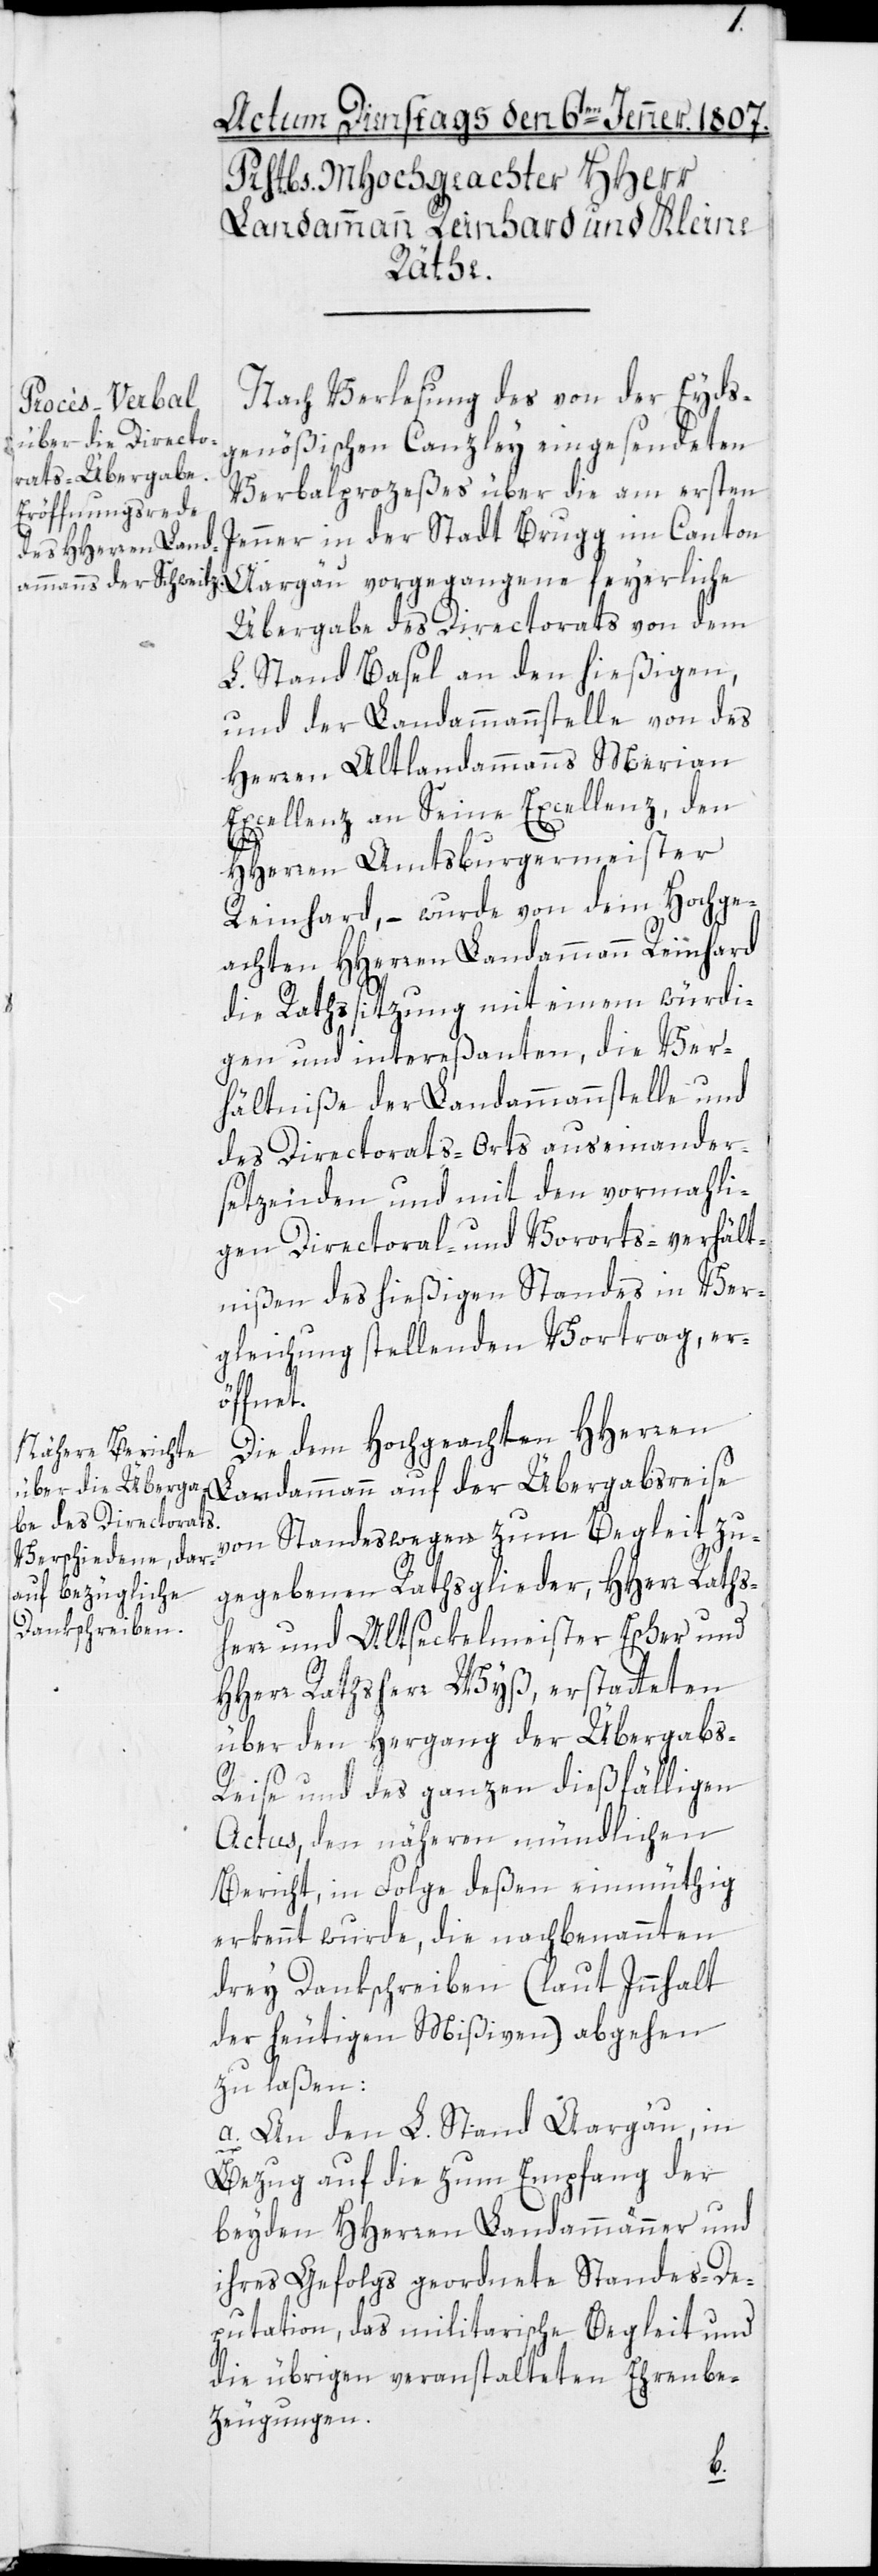
Nach Verlesung des von der eids¬
genößischen Canzley eingesendeten
Verbalprozeßes über die am ersten
Jenner in der Stadt Brugg im Canton
Aargau vorgegangene feyerliche
Übergabe des Directorats von dem
L. Stand Basel an den hießigen,
und der Landammannsstelle von des
Herren alt Landammanns Merian
Excellenz an Seine Excellenz, den
HHerren Amtsburgermeister
Reinhard, – wurde von dem hochge¬
achten HHerren Landammann Reinhard
die Rathssitzung mit einem würdi¬
gen und intereßanten, die Ver¬
hältniße der Landammannsstelle und
des Dirctorats-Orts auseinander¬
setzeinden und mit den vormali¬
gen Directoral- und Vororts-Verhält¬
nissen des hießigen Standes in Ver¬
gleichung stellenden Vortrag, er¬
öffnet.
Die dem hochgeachten HHerren
Landammann auf der Übergabsreise
von Standeswegen zum Begleit zu¬
gegebenen Rathsglieder, HHerr Raths¬
herr und Altseckelmeister Escher und
HHerr Rathsherr Wyss, erstatteten
über den Hergang der Übergab¬
s-Reise und des ganzen dießfälligen
Actus, den näheren mündlichen
Bericht, in Folge dessen einmüthig
erkennt wurde, die nachbenannten
drey Dankschreiben (laut Inhalt
der heutigen Mißiven) abgehen
zu lassen:
a. An den L. Stand Aargau, in
Bezug auf die zum Empfang der
beyden HHerren Landammänner und
ihres Gefolgs geordnete Standes-De¬
putation, das militarische Begleit und
die übrigen veranstalteten Ehrenbe¬
zeugungen.